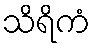
သိရိကံ